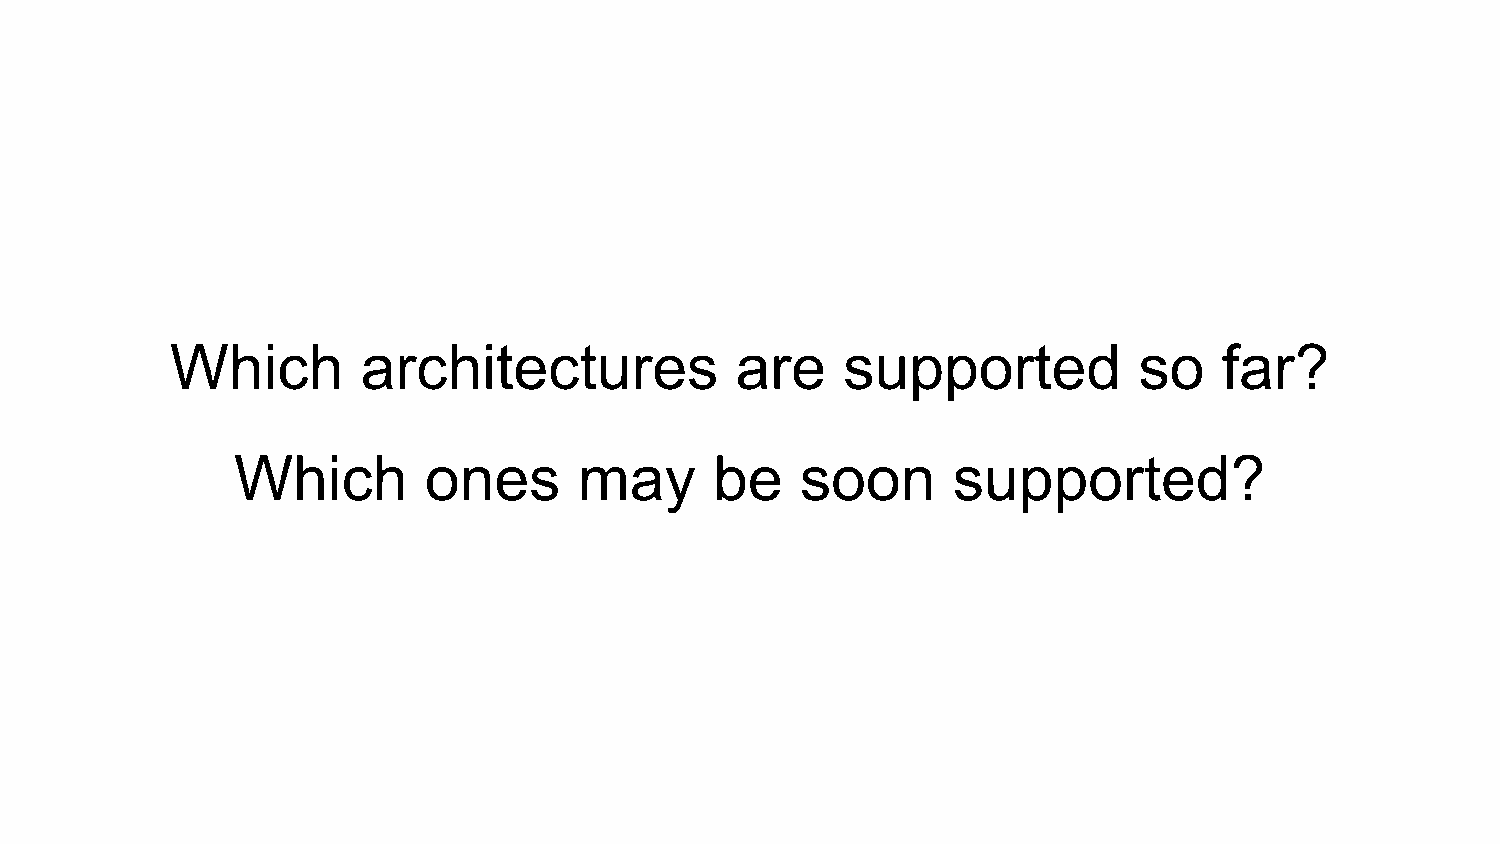
Which        architectures            are    supported          so    far?
 Which        ones      may      be    soon      supported?